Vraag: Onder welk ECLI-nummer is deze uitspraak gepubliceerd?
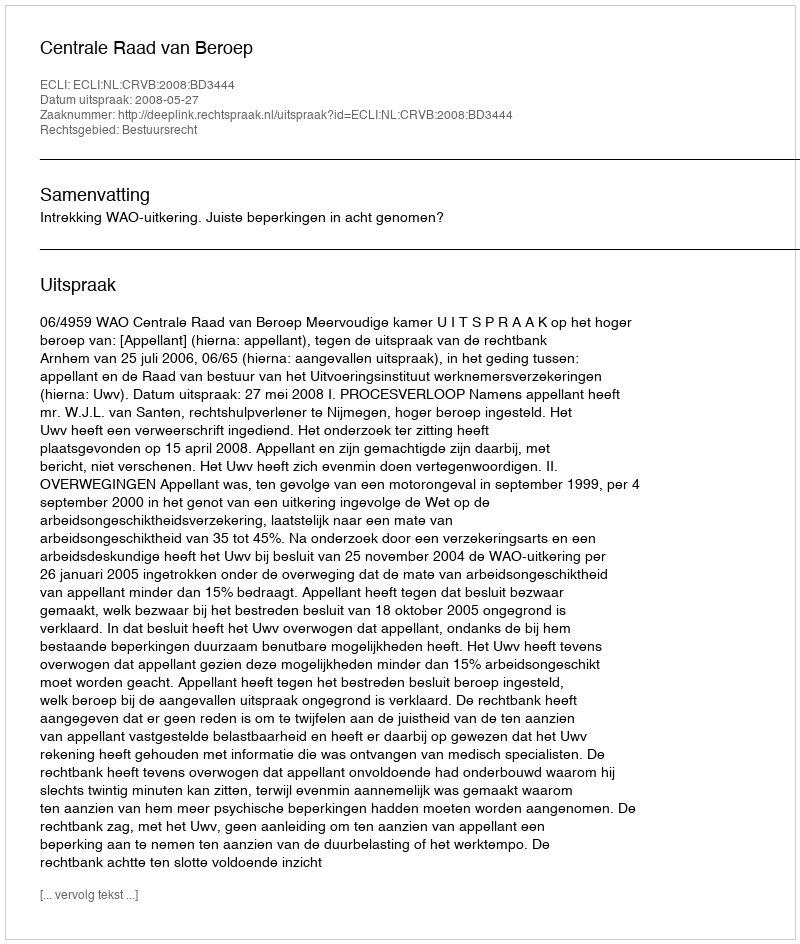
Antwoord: ECLI:NL:CRVB:2008:BD3444